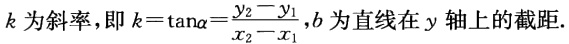
\(k\)为斜率，即\(k = \tan\alpha=\frac{y_2 - y_1}{x_2 - x_1}\)，\(b\)为直线在\(y\)轴上的截距.